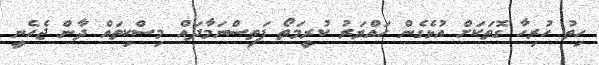
ހިތު ހުރިހާ ގޮތަކަށް އުޅެގެން ހައްޔަރު ކުރީމަތޯ ފަތިސްނަމާދައް މިސްކިތައް ދާން ޖެހެނީ